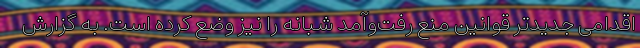
اقدامی جدیدتر قوانین منع رفت‌و‌آمد شبانه را نیز وضع کرده است. به گزارش